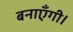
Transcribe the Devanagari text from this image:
बनाएँगी।